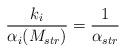
\begin{align*}\frac{k_i}{\alpha_i(M_{str})}={1\over \alpha_{str}}\end{align*}